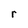
Character: r